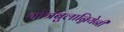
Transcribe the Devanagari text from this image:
गोत्रंबुलान्नियेनी